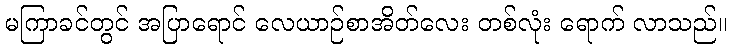
မကြာခင်တွင် အပြာရောင် လေယာဉ်စာအိတ်လေး တစ်လုံး ရောက် လာသည်။